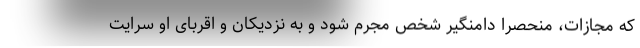
که مجازات، منحصراً دامنگیر شخص مجرم شود و به نزدیکان و اقربای او سرایت